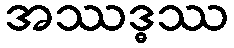
အဿဒ္ဓဿ